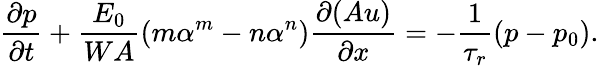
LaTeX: \frac{\partial p}{\partial t}+\frac{E_{0}}{WA}\left(m\alpha^{m}-n\alpha^{n}\right)\frac{\partial(Au)}{\partial x}=-\frac{1}{\tau_{r}}\left(p-p_{0}\right).